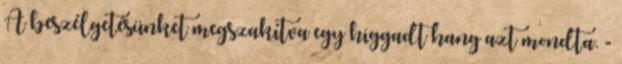
A beszélgetésünket megszakítva egy higgadt hang azt mondta. -